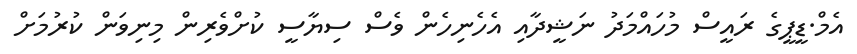
އެމް.ޑީޕީގެ ރައީސް މުހައްމަދު ނަޝީދާއި އެހެނިހެން ވެސް ސިޔާސީ ކުށްވެރިން މިނިވަން ކުރުމަށް